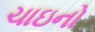
ચાઇનો